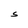
Character: S